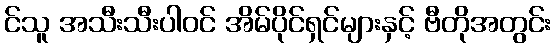
င်သူ အသီးသီးပါဝင် အိမ်ပိုင်ရှင်များနှင့် ဗီတိုအတွင်း